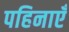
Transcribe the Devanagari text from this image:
पहिनाएँ